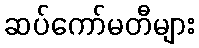
ဆပ်ကော်မတီများ